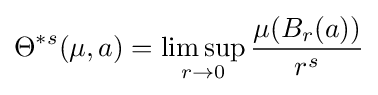
\Theta ^{*s}(\mu ,a)=\limsup _{r\rightarrow 0}{\frac {\mu (B_{r}(a))}{r^{s}}}